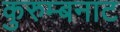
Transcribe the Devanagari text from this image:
कुरुम्बनाट